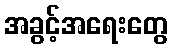
အခွင့်အရေးတွေ